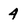
Character: 4